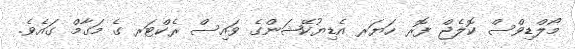
މޯލްޑިވްސް ކޮލެޖް ފޮރ ހަޔަރ އެޑިޔުކޭޝަންގެ ވައިސް ރެކްޓަރ ގެ މަގާމް ގައެވެ.